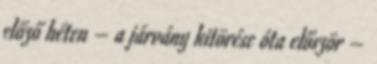
előző héten – a járvány kitörése óta először –